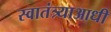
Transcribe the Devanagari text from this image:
स्वातंत्र्याआधी